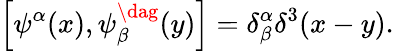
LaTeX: \left[\psi^{\alpha}(x),\psi_{\beta}^{\dag}(y)\right]=\delta_{\beta}^{\alpha}\delta^{3}(x-y).